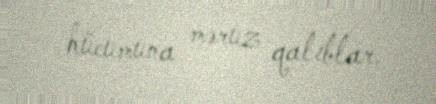
hücumuna məruz qalıblar.